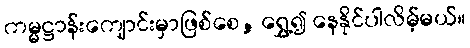
ကမ္မဋ္ဌာန်းကျောင်းမှာဖြစ်စေ, ရွှေ့၍ နေနိုင်ပါလိမ့်မယ်။